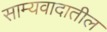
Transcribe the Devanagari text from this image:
साम्यवादातील